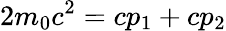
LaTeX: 2m_{0}c^{2}=cp_{1}+cp_{2}